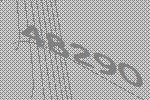
48290